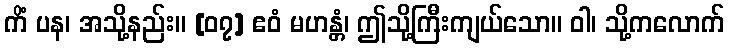
ကိံ ပန၊ အသို့နည်း။ [၀၇] ဧဝံ မဟန္တံ၊ ဤသို့ကြီးကျယ်သော။ ဝါ၊ သို့ကလောက်